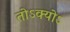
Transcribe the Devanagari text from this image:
तोऽक्योऽ